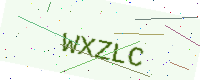
Text: WXZLC